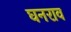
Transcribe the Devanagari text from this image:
घनराव